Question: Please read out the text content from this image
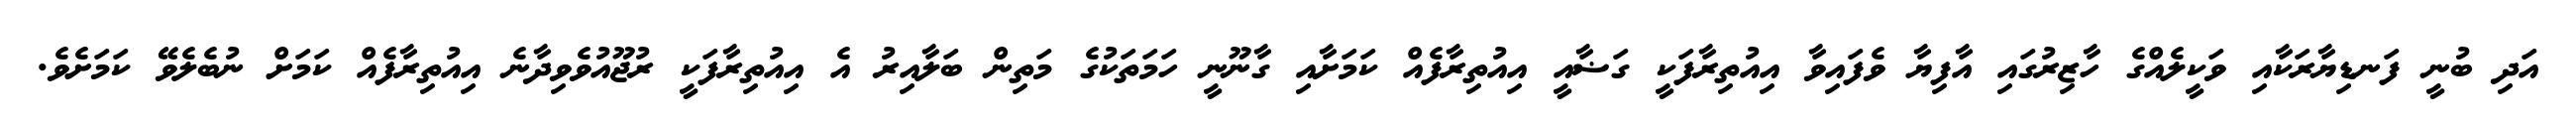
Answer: އަދި ބުނީ ފަނޑިޔާރަކާއި ވަކީލެއްގެ ހާޒިރުގައި އާފިޔާ ވެފައިވާ އިއުތިރާފަކީ ގަޟާއީ އިއުތިރާފެއް ކަމަށާއި ގާނޫނީ ހަމަތަކުގެ މަތިން ބަލާއިރު އެ އިއުތިރާފަކީ ރުޖޫއުވެވިދާނެ އިއުތިރާފެއް ކަމަށް ނުބެލެވޭ ކަމަށެވެ.